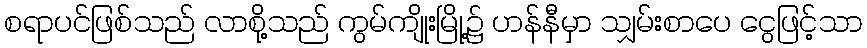
စရာပင်ဖြစ်သည် လာစို့သည် ကွမ်ကျိုးမြို့၌ ဟန်နီမှာ သျှမ်းစာပေ ငွေဖြင့်သာ